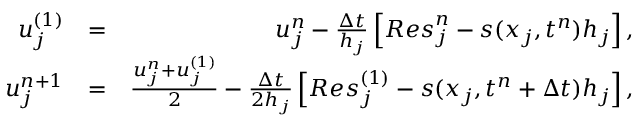
\begin{array} { r l r } { u _ { j } ^ { ( 1 ) } } & { = } & { u _ { j } ^ { n } - \frac { \Delta t } { h _ { j } } \left[ { R e s } _ { j } ^ { n } - s ( x _ { j } , t ^ { n } ) h _ { j } \right] , } \\ { u _ { j } ^ { n + 1 } } & { = } & { \frac { u _ { j } ^ { n } + u _ { j } ^ { ( 1 ) } } { 2 } - \frac { \Delta t } { 2 h _ { j } } \left[ { R e s } _ { j } ^ { ( 1 ) } - s ( x _ { j } , t ^ { n } + \Delta t ) h _ { j } \right] , } \end{array}